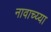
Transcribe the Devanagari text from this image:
नावाच्य्या